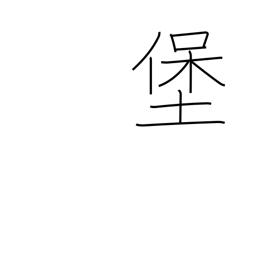
Meaning: fort